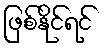
ဖြစ်နိုင်ရင်